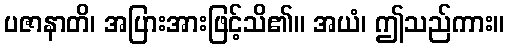
ပဇာနာတိ၊ အပြားအားဖြင့်သိ၏။ အယံ၊ ဤသည်ကား။